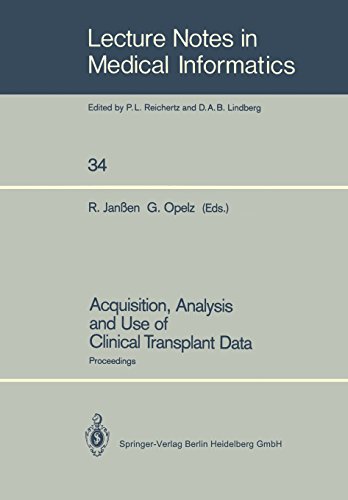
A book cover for Acquisition, Analysis and Use of Clinical Transplant Data: Proceedings (Lecture Notes in Medical Informatics); Health, Fitness & Dieting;